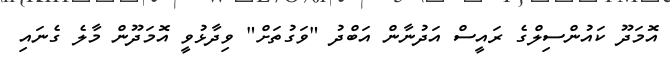
އޮމަދޫ ކައުންސިލްގެ ރައީސް އަދުނާން އަބްދު "ވަގުތަށް" ވިދާޅުވީ އޮމަދޫން މާލެ ގެނައި